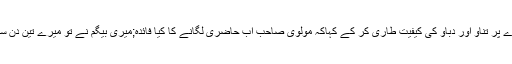
مگر اس نوجوان نے جدید ریاست مدینہ کے امیر کی طرح منہ بسور کر اور چہرے پر تناؤ اور دباؤ کی کیفیت طاری کر کے کہاکہ مولوی صاحب اب حاضری لگانے کا کیا فائدہ;میری بیگم نے تو میرے تین دن سکول سے غائب رہنے کی خبر سن کر عدالت میں خلع کا مقدمہ درج کر وا لیا ہے۔